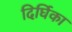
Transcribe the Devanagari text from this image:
दिर्घिका